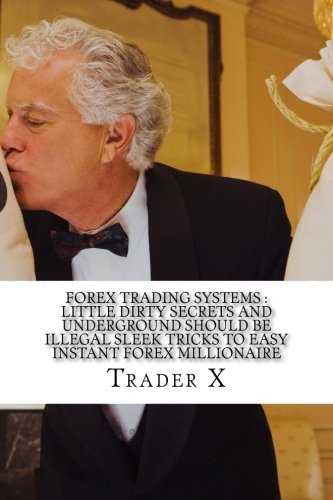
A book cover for Forex Trading Systems : Little Dirty Secrets And Underground Should Be Illegal Sleek Tricks To Easy Instant Forex Millionaire: Bust The Losing Cycle Live Anywhere Join The New Rich; Trader X; Business & Money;